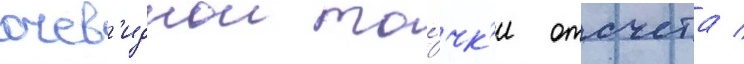
очев'иднои то́чк'и отсчета /